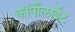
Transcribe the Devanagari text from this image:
कॉर्पोलाईट